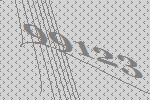
99123